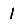
Digit: 1